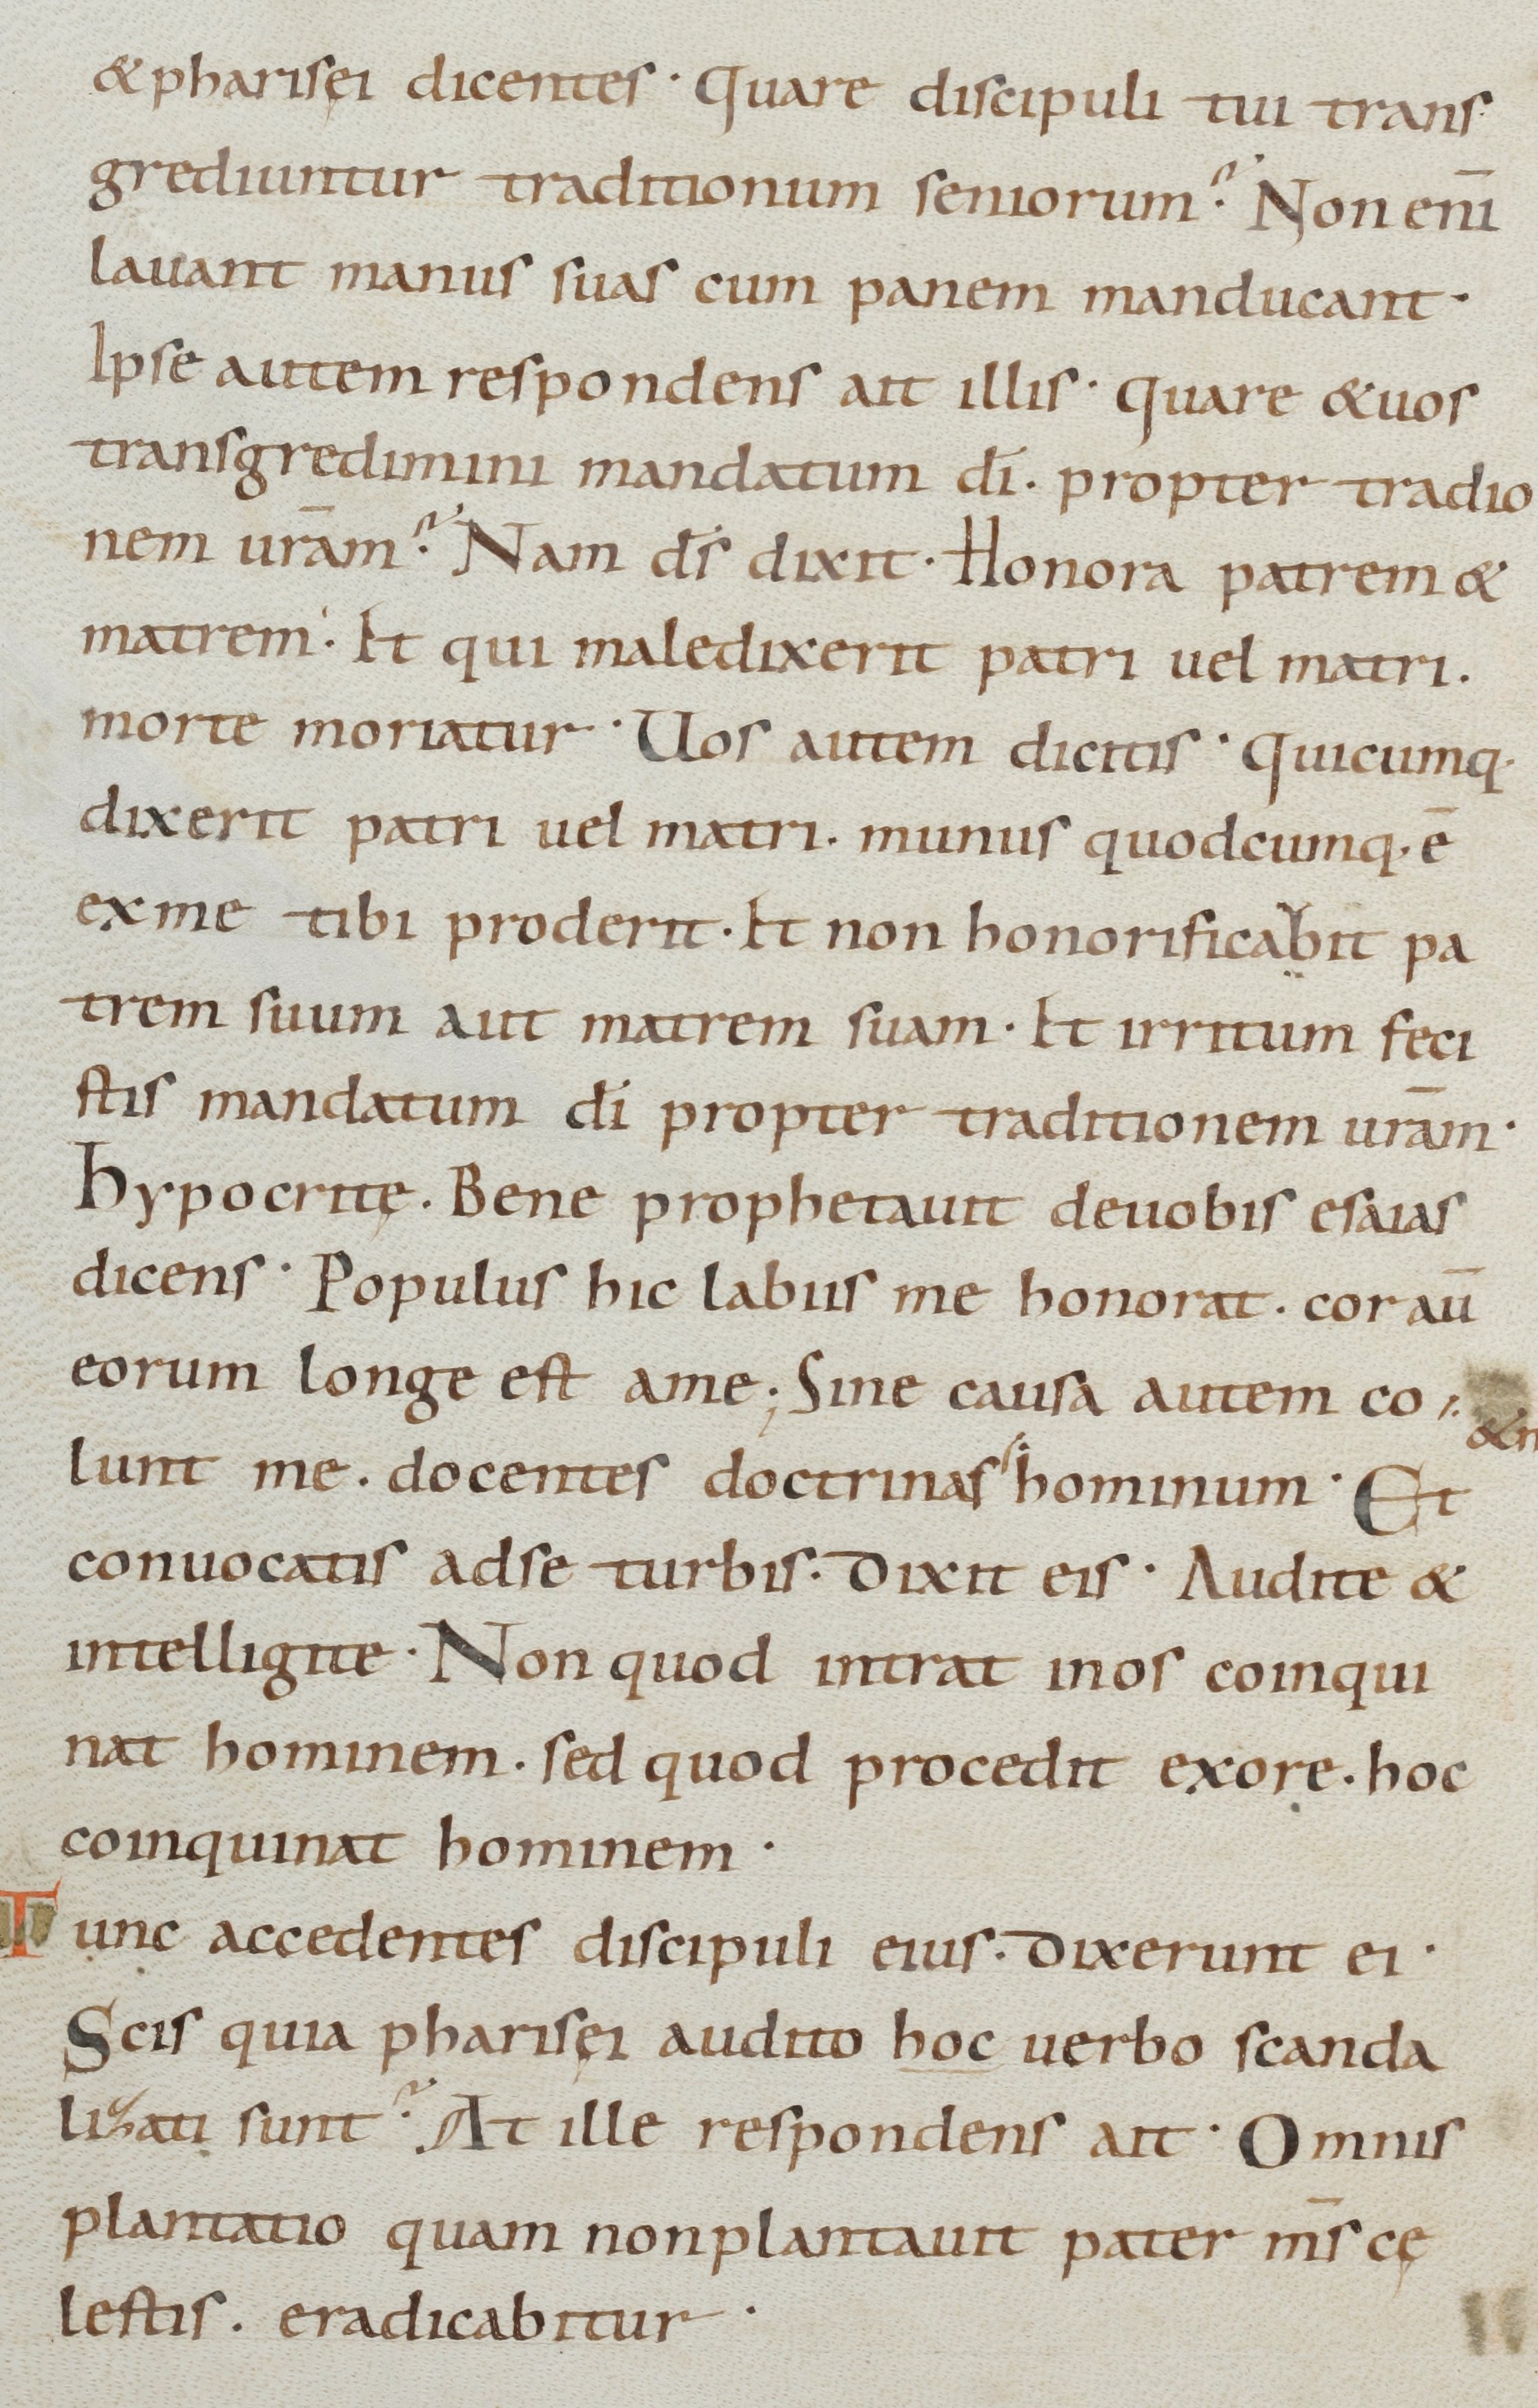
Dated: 885–950